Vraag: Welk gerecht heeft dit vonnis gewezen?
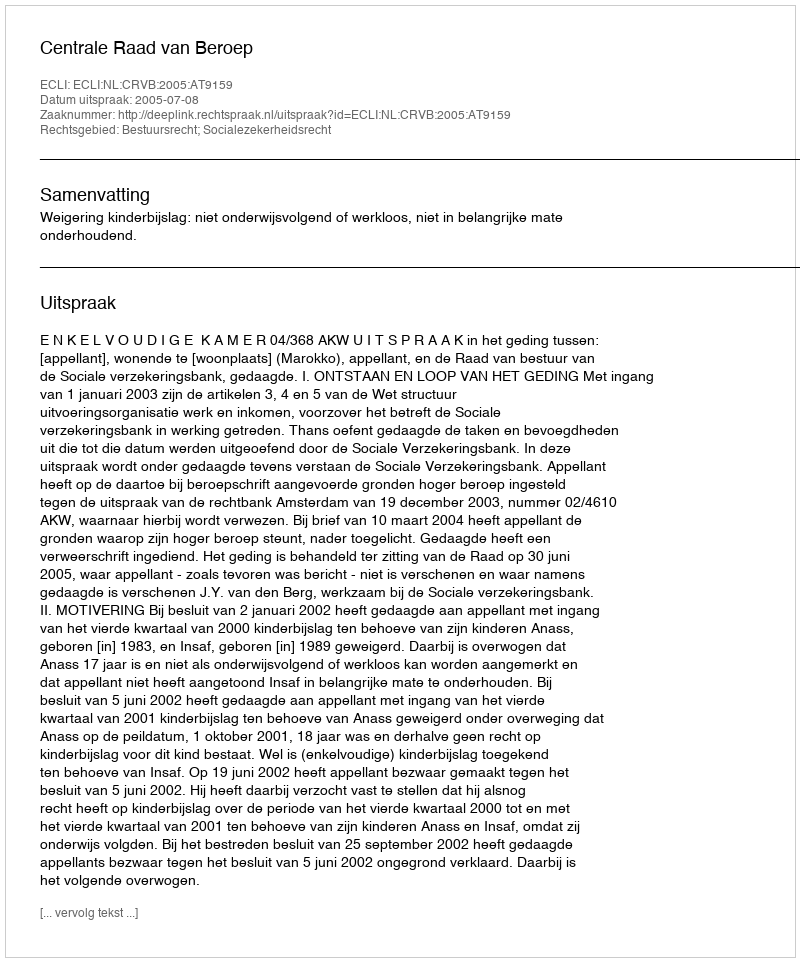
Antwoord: Centrale Raad van Beroep